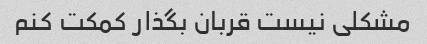
مشکلی نیست قربان بگذار کمکت کنم